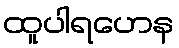
ထူပါရဟေန